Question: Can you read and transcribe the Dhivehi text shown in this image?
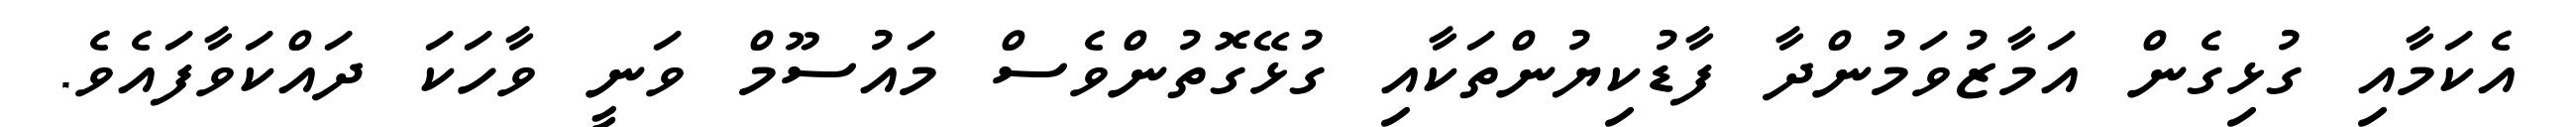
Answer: އެކަމާއި ގުޅިގެން އަމާޒުވަމުންދާ ފާޑުކިޔުންތަކާއި ގުޅޭގޮތުންވެސް މައުސޫމް ވަނީ ވާހަކަ ދައްކަވާފައެވެ.